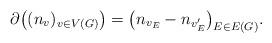
LaTeX: \begin{align*}\partial\big((n_v)_{v\in V(G)}\big)=\big(n_{v_E}-n_{v'_E}\big)_{E\in E(G)}.\end{align*}